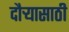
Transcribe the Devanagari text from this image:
दौऱ्यासाठी